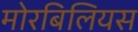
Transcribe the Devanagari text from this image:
मोरबिलियस